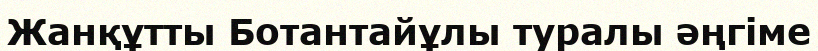
Жанқұтты Ботантайұлы туралы әңгіме